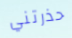
حذرتني